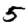
Digit: 5